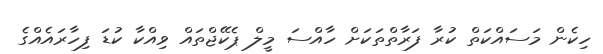
ހިކެން މަސައްކަތް ކުރާ ފަރާތްތަކަށް ހާއްސަ މީލް ޕެކޭޖްތައް ވިއްކާ ކުޑަ ފިހާރައެއްގެ